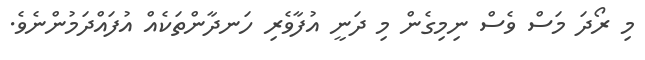
މި ރޯދަ މަސް ވެސް ނިމިގެން މި ދަނީ އުފާވެރި ހަނދާންތަކެއް އުފައްދަމުންނެވެ.